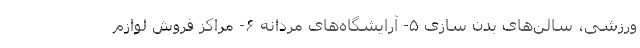
ورزشی، سالن‌های بدن سازی ۵- آرایشگاه‌های مردانه ۶- مراکز فروش لوازم